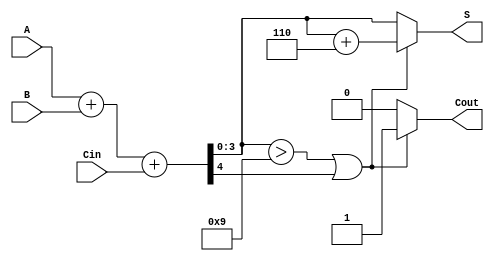
module BCD_Parallel_Adder (
    input  [3:0] A,      // First BCD digit
    input  [3:0] B,      // Second BCD digit
    input        Cin,     // Carry input
    output reg [3:0] S,   // BCD sum output
    output reg Cout       // Carry output
);

    wire [4:0] Sum;       // 5-bit sum to accommodate carry
    wire correction_needed; // Flag to indicate if correction is needed

    // Step 1: Binary addition of A, B, and Cin
    assign Sum = A + B + Cin;

    // Step 2: Determine if correction is needed
    assign correction_needed = (Sum[3:0] > 4'b1001) || Sum[4];

    // Step 3: Generate the BCD output and carry out
    always @(*) begin
        if (correction_needed) begin
            S = Sum[3:0] + 4'b0110; // Add correction value of 6
            Cout = 1;               // Set carry out
        end else begin
            S = Sum[3:0];           // No correction needed
            Cout = 0;               // No carry out
        end
    end

endmodule